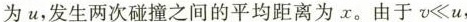
为 u，发生两次碰撞之间的平均距离为x。由于v≪u，